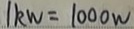
1 k W = 1 0 0 0 w